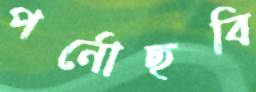
পর্নোছবি